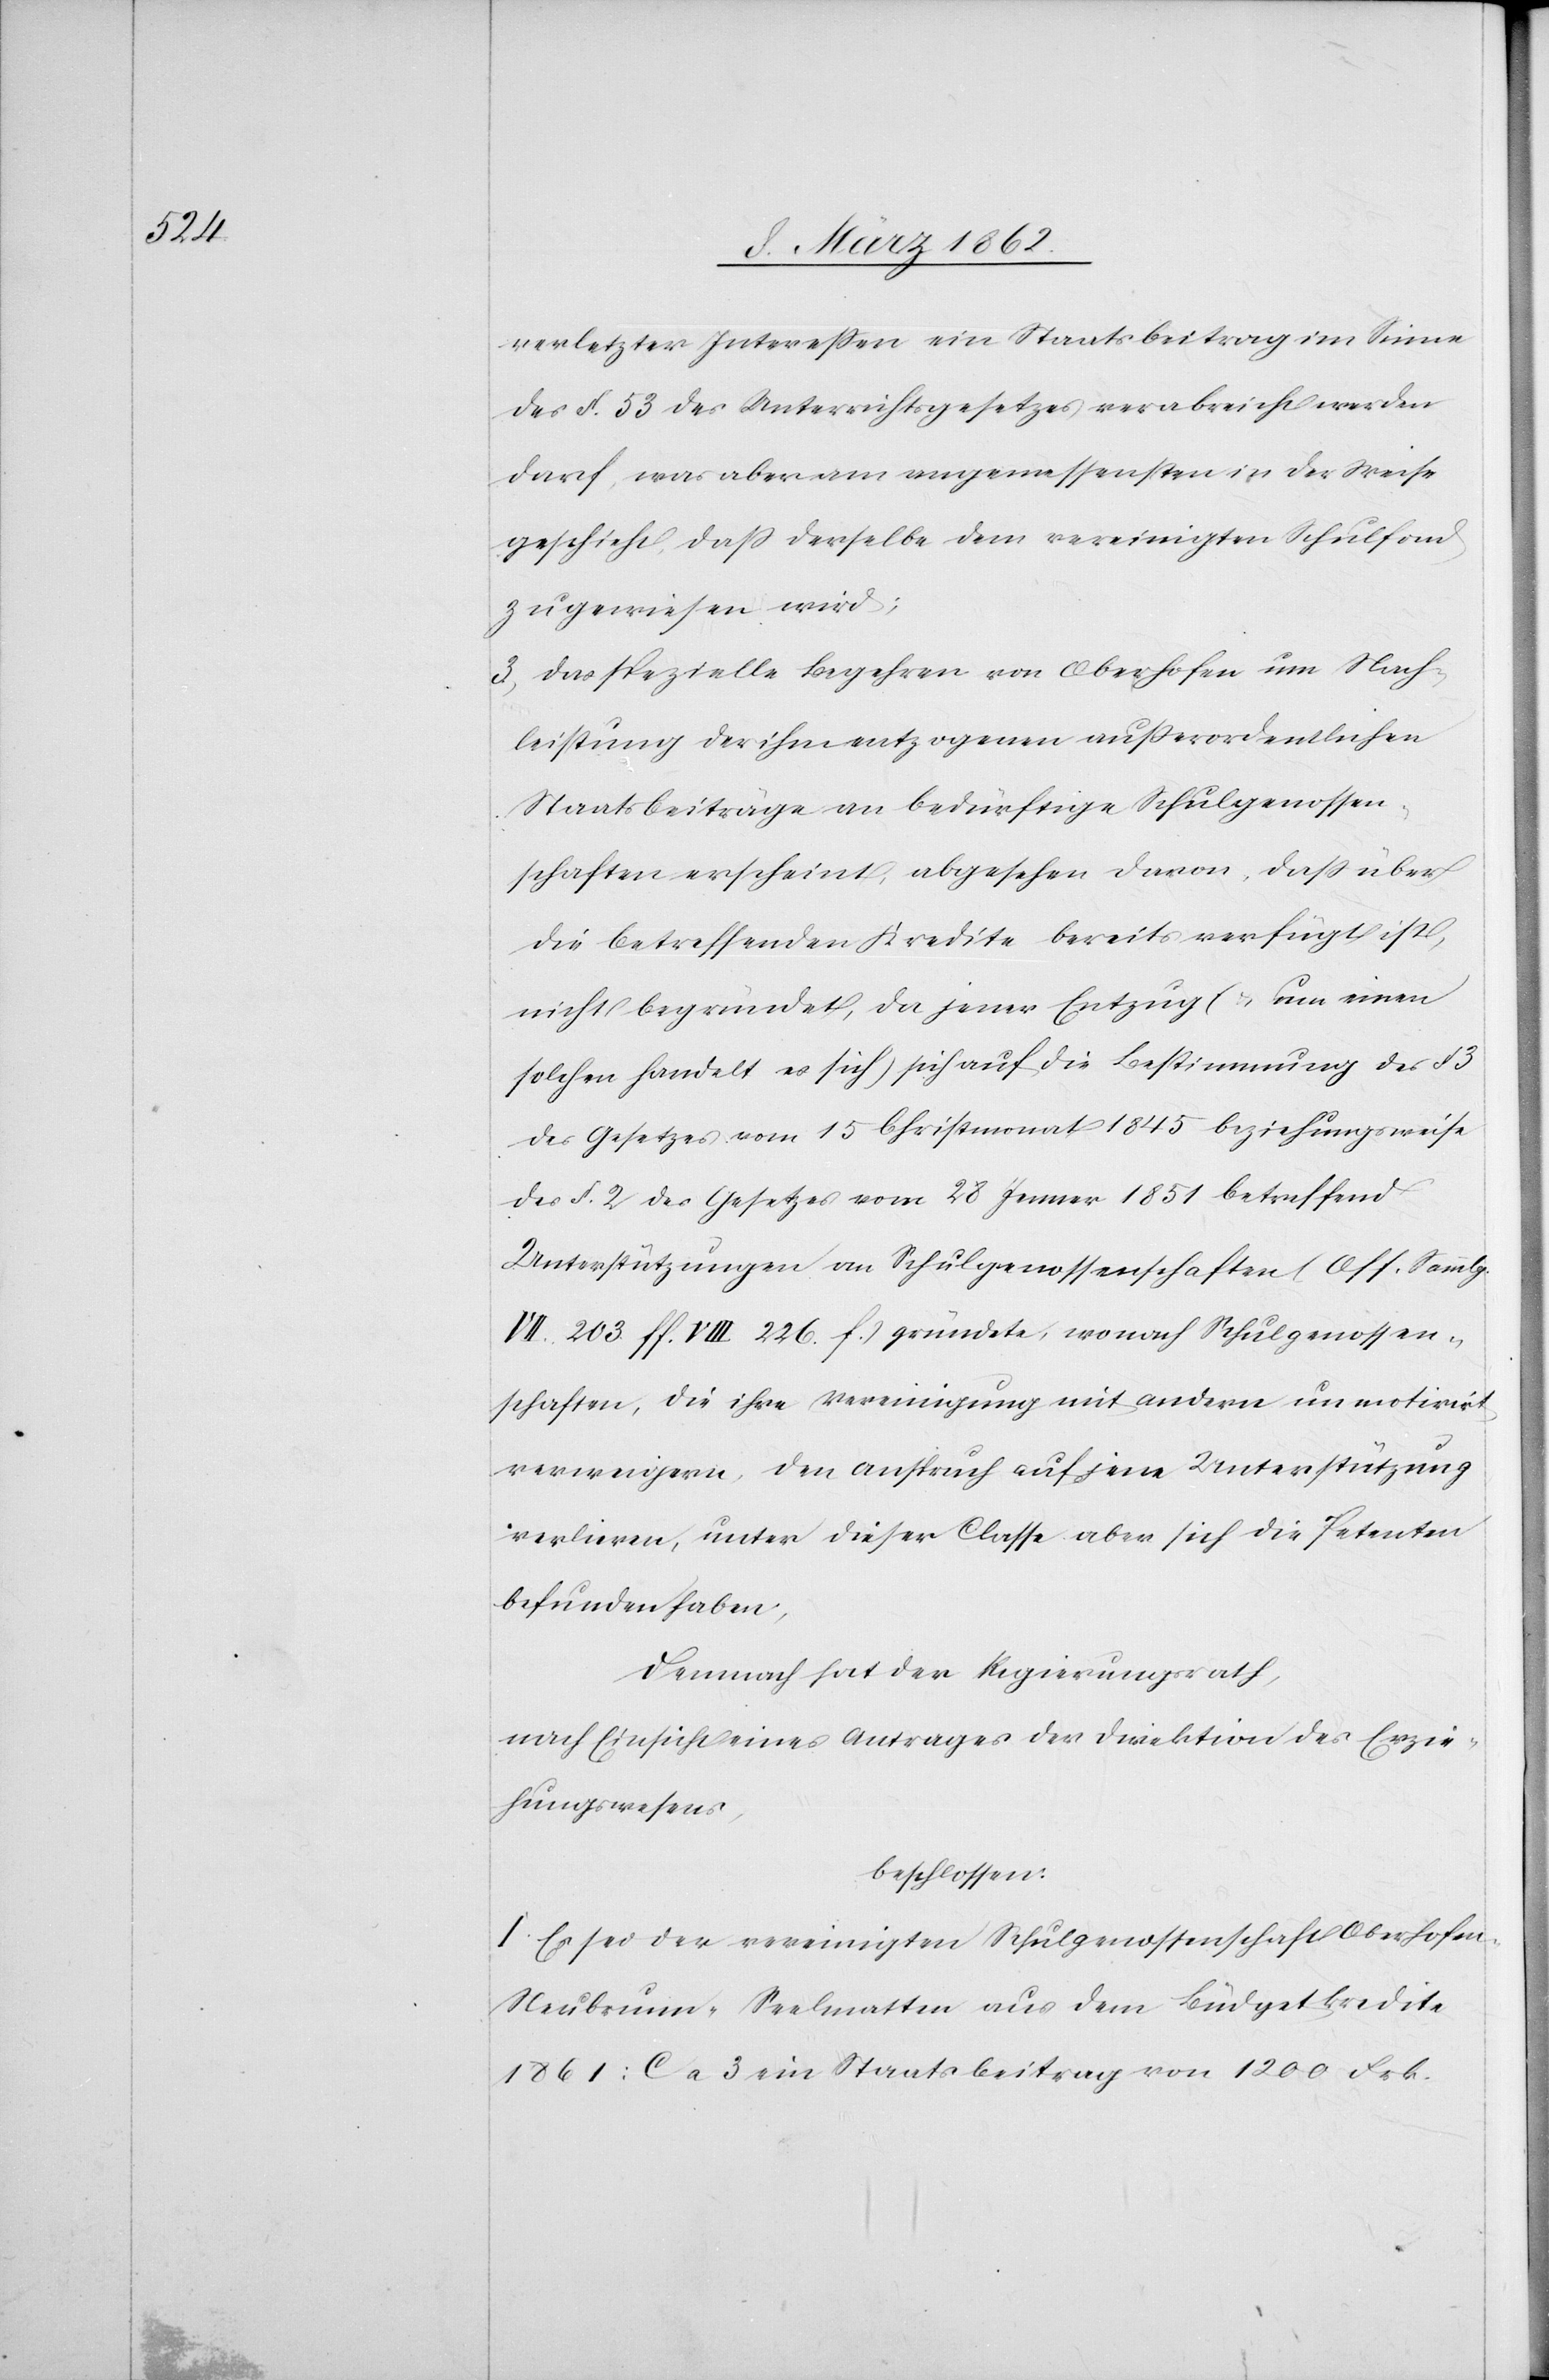
verletzter Intereßen ein Staatsbeitrag im Sinne
des §. 53 des Unterrichtsgesetzes verabreicht werden
darf, was aber am angemessensten in der Weise
geschieht, daß derselbe dem vereinigten Schulfond
zugewiesen wird;
3. Das spezielle Begehren von Oberhofen um Nach¬
leistung der ihm entzogenen außerordentlichen
Staatsbeiträge an bedürftige Schulgenossen¬
schaften erscheint, abgesehen davon, daß über
die betreffenden Kredite bereits verfügt ist,
nicht begründet, da jener Entzug (& um einen
solchen handelt es sich) sich auf die Bestimmung des § 3
des Gesetzes vom 15 Christmonat 1845 beziehungsweise
des §. 2 des Gesetzes vom 28 Jenner 1851 betreffend
Unterstützungen an Schulgenossenschaften (Off. Sammlg.
VII. 203 ff. VIII 226 f.) gründete, wonach Schulgenossen¬
schaften, die ihre Vereinigung mit andern unmotivirt
verweigern, den Anspruch auf jene Unterstützung
verlieren, unter dieser Classe aber sich die Petenten
befunden haben,
Demnach hat der Regierungsrath,
nach Einsicht eines Antrages der Direktion des Erzie¬
hungswesens,
beschlossen:
I. Es sei der vereinigten Schulgenossenschaft Oberhofen-N¬
eubrunn-Seelmatten aus dem Büdgetkredite
1861: C a 3 ein Staatsbeitrag von 1200 Frk.